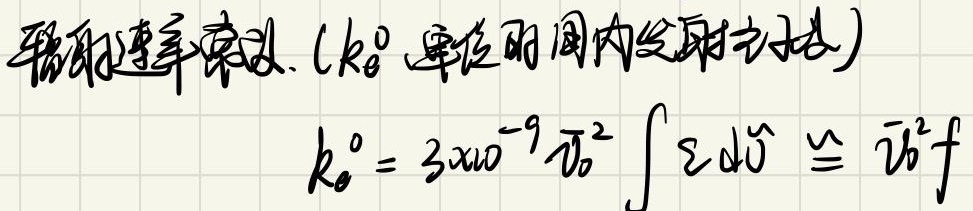
辐射速率定义. （\(k_{0}^{0}\)单位时间内发射光子数）
\[k_{0}^{0}=3\times10^{-9}\overline{\nu}_{0}^{2}\int \varepsilon \mathrm{d}\tilde{\nu}\cong\overline{\nu}_{0}^{2}f\]